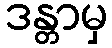
ဒန္တာမှ